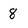
Character: 8